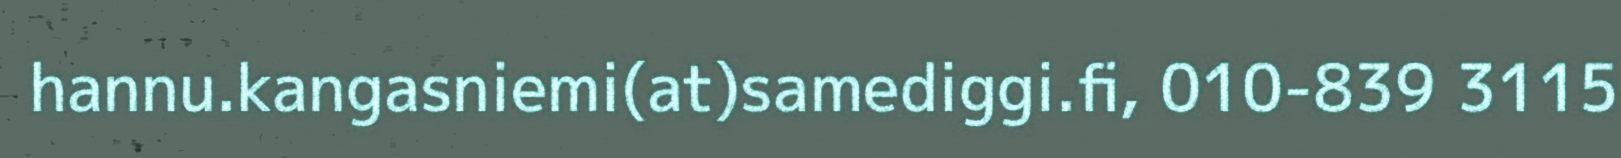
hannu.kangasniemi(at)samediggi.fi, 010-839 3115